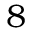
8